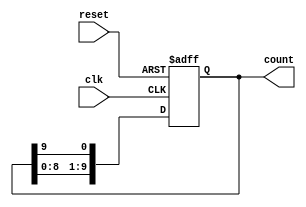
module DecadeRingCounter (
    input wire clk,     // Clock input
    input wire reset,   // Asynchronous reset input
    output reg [9:0] count // 10-bit output representing the counter state
);

// Sequential logic to implement the Decade Ring Counter
always @(posedge clk or posedge reset) begin
    if (reset) begin
        count <= 10'b0000000001; // Set to the initial state (0000 0001)
    end else begin
        // Shift the '1' bit to the next position
        count <= {count[8:0], count[9]};
    end
end

endmodule